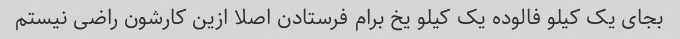
بجای یک کیلو فالوده یک کیلو یخ برام فرستادن اصلا ازین کارشون راضی نیستم